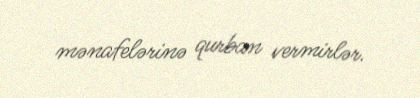
mənafelərinə qurban vermirlər.